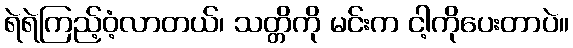
ရဲရဲကြည့်ဝံ့လာတယ်၊ သတ္တိကို မင်းက ငါ့ကိုပေးတာပဲ။